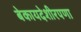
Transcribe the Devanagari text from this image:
बेकायदेशीरपणा